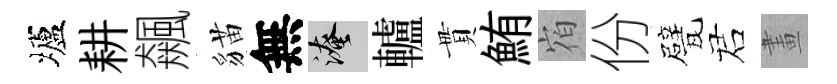
壚耕飆貓無淹轤貫鮪𪧐份甓诺畫